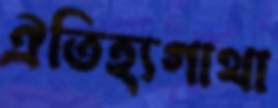
ঐতিহ্যগাথা